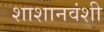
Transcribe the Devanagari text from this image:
शाशानवंशी